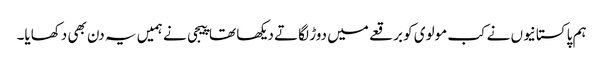
ہم پاکستانیوں نے کب مولوی کو برقعے میں دوڑ لگاتے دیکھا تھا پیجی نے ہمیں یہ دن بھی دکھایا۔